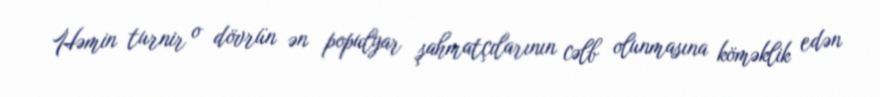
Həmin turnir o dövrün ən populyar şahmatçılarının cəlb olunmasına köməklik edən